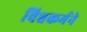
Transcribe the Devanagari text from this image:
विश्वकर्मने